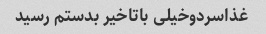
غذاسردوخیلی باتاخیر بدستم رسید